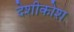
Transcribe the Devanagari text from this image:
देशीकोश